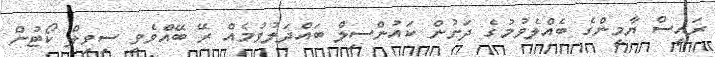
ރައީސް ޔާމީންގެ ބެއްލެވުމުގެ ދަށުން ކައުންސިލް ބައްދަލުވުމެއް ރޭ ބޭއްވެވީ ސިވިލް ކޯޓުން